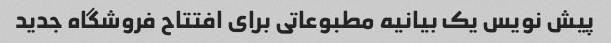
پیش نویس یک بیانیه مطبوعاتی برای افتتاح فروشگاه جدید